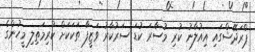
ޕްރަދޭޝްގައި އިއުލާނު ކުރި މުސާރަ ކުޑަ ސަރުކާރު ވަޒީފާ ތަކަކަށް ކުރިމަތިލި މީހުންގެ